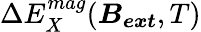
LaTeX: \Delta E_{X}^{mag}(\boldsymbol{B_{ext}},T)